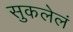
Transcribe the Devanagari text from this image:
सुकलेलं